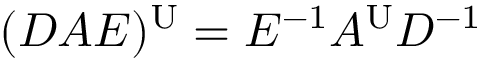
( D A E ) ^ { \mathrm { U } } = E ^ { - 1 } A ^ { \mathrm { U } } D ^ { - 1 }